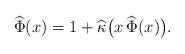
LaTeX: \begin{align*}\widehat{\Phi}(x) = 1 + \widehat{\kappa}\big(x\, \widehat{\Phi}(x)\big).\end{align*}